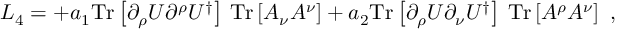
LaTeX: { \cal L } _ { 4 } = + a _ { 1 } \mathrm { T r } \left[ \partial _ { \rho } U \partial ^ { \rho } U ^ { \dagger } \right] \, \mathrm { T r } \left[ A _ { \nu } A ^ { \nu } \right] + a _ { 2 } \mathrm { T r } \left[ \partial _ { \rho } U \partial _ { \nu } U ^ { \dagger } \right] \, \mathrm { T r } \left[ A ^ { \rho } A ^ { \nu } \right] \ ,